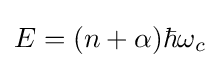
E=(n+\alpha )\hbar \omega _{c}